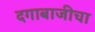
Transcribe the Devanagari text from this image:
दगाबाजीचा